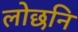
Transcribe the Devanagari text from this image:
लोछनि